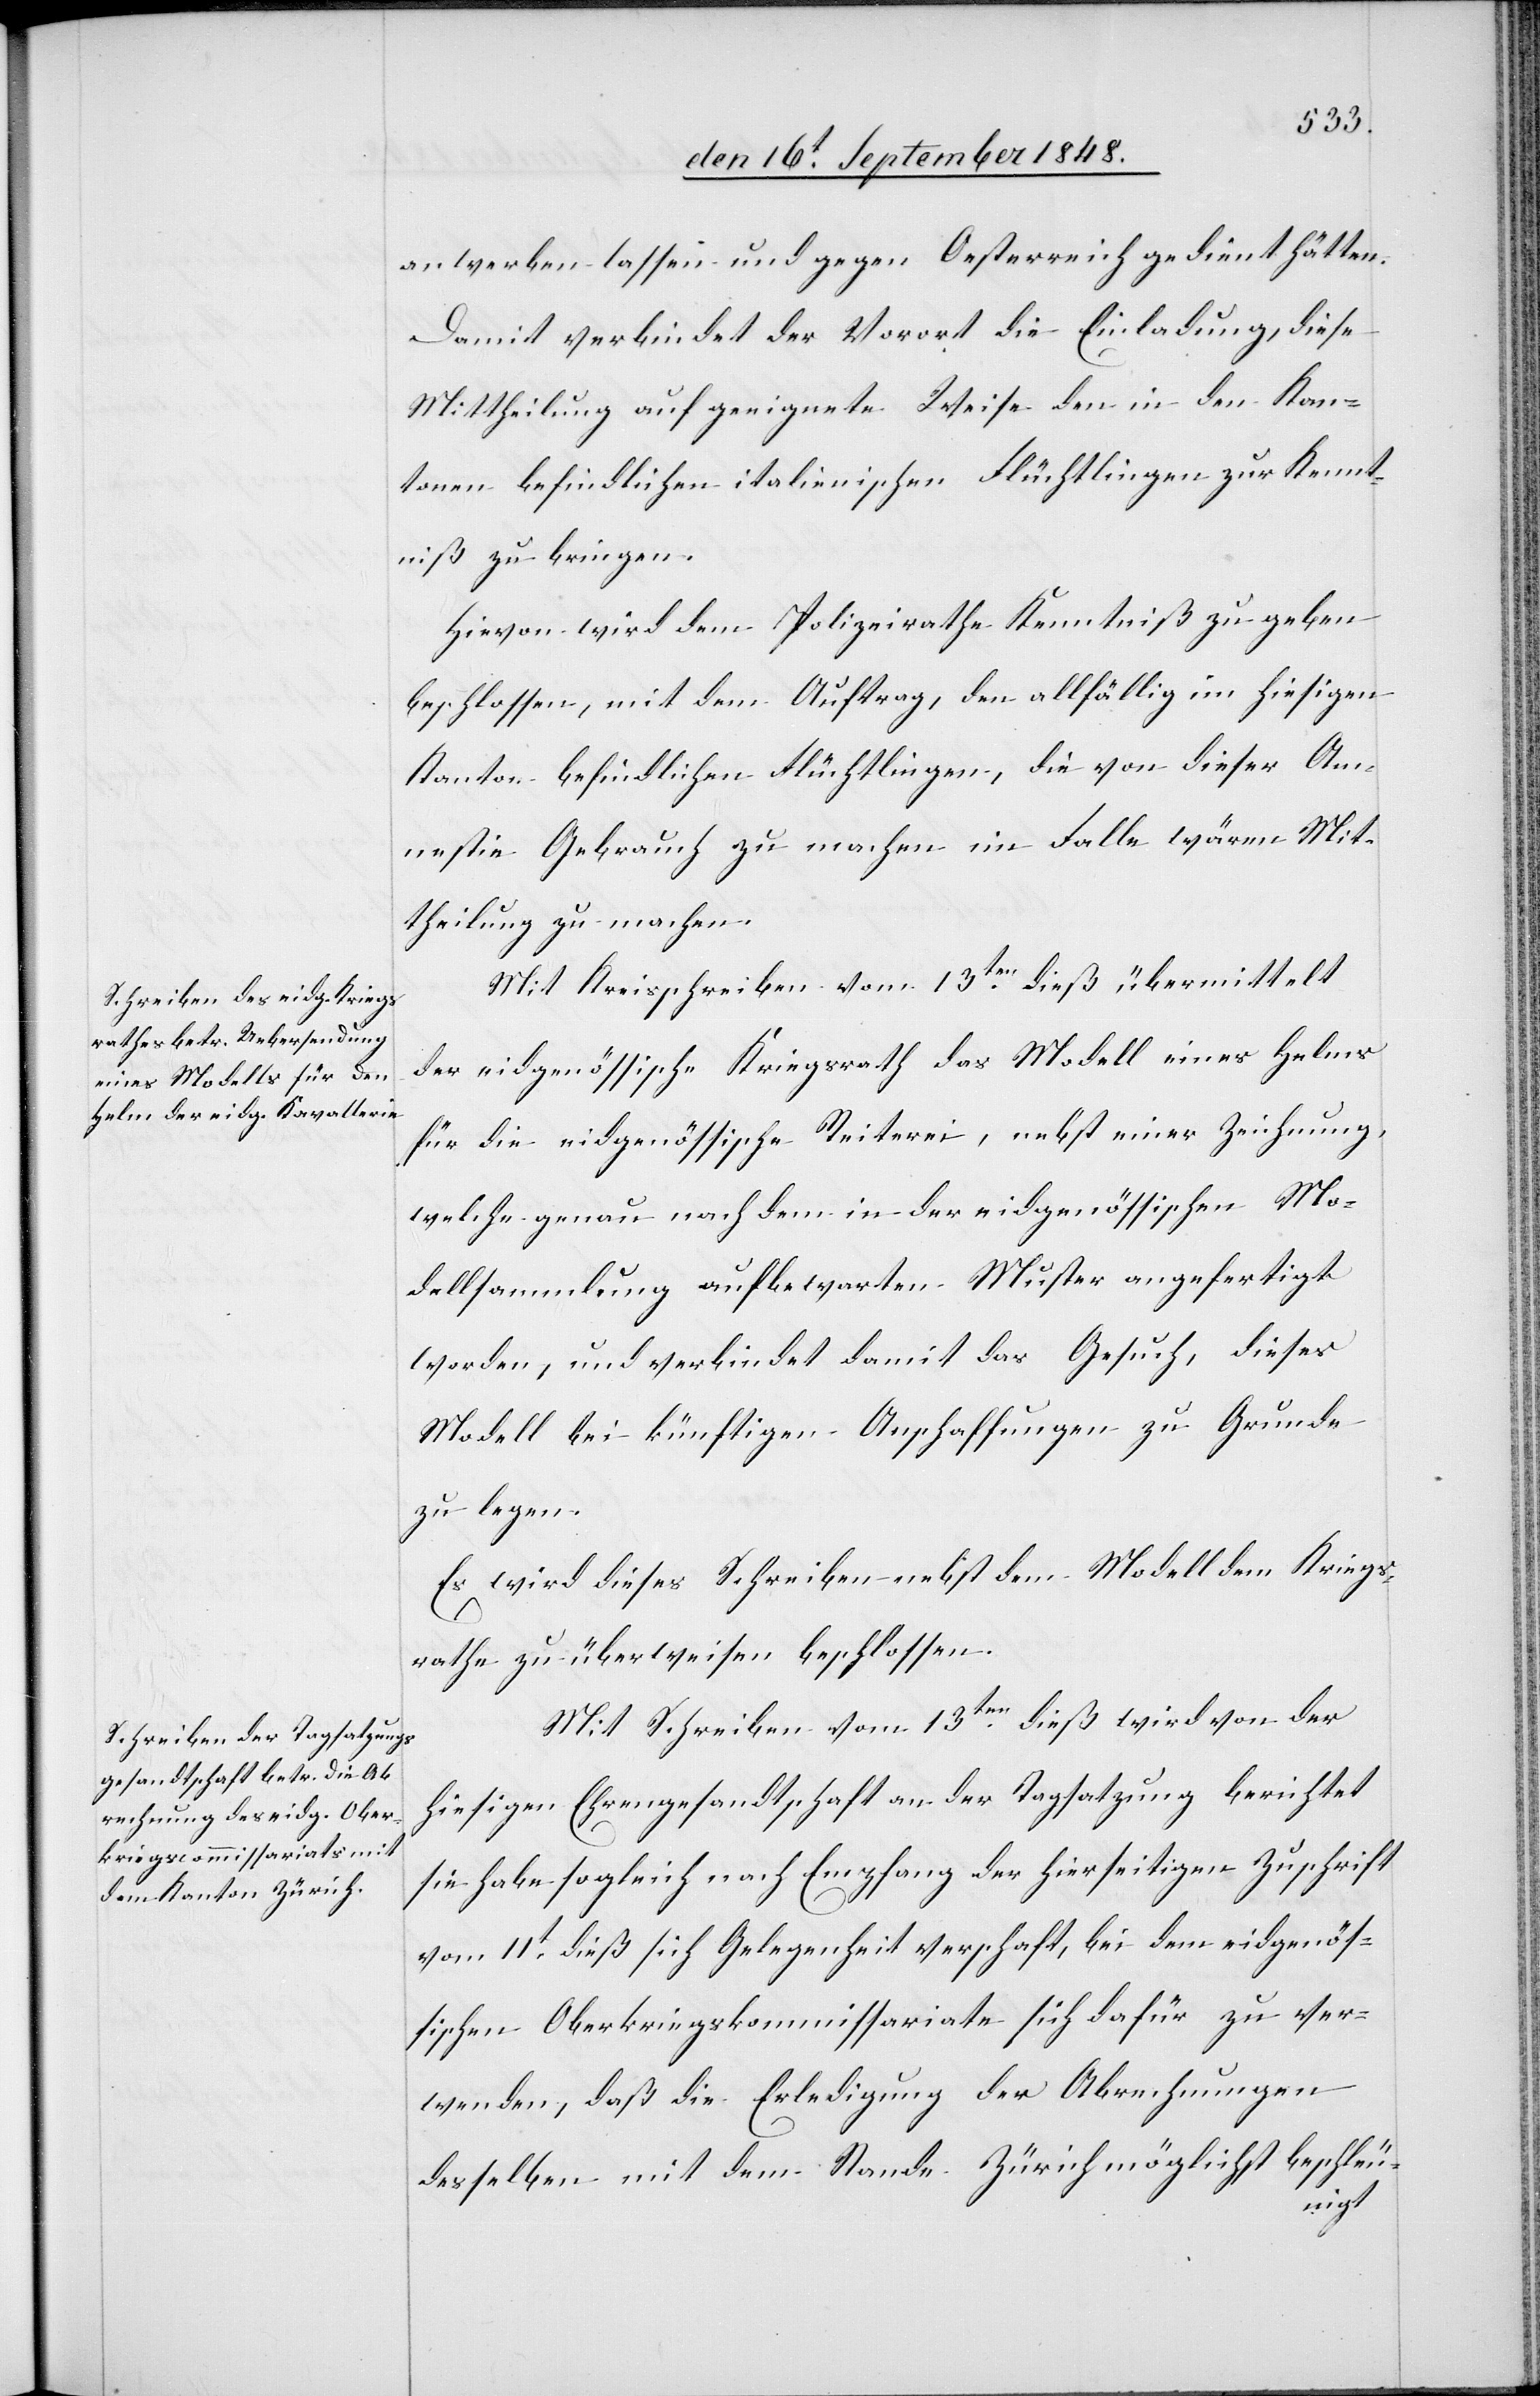
anwerben lassen und gegen Oesterreich gedient hätten.
Damit verbindet der Vorort die Einladung, diese
Mittheilung auf geeignete Weise den in den Kan¬
tonen befindlichen italienischen Flüchtlingen zur Kennt¬
niß zu kriegen.
Hievon wird dem Polizeirathe Kenntniß zu geben
beschlossen, mit dem Auftrag, den allfällig im hiesigen
Kanton befindlichen Flüchtlingen, die von dieser Am¬
nestie Gebrauch zu machen im Falle wären Mit¬
theilung zu machen.
Mit Kreisschreiben vom 13ten dieß übermittelt
der eidgenössische Kriegsrath das Modell eines Helms
für die eidgenössische Reiterei, nebst einer Zeichnung,
welche genau nach dem in der eidgenössischen Mo¬
dellsammlung aufbewarten Muster angefertigt
worden, und verbindet damit das Gesuch, dieses
Modell bei künftigen Anschaffungen zu Grunde
zu legen.
Es wird dieses Schreiben nebst dem Modell dem Kriegs¬
rathe zu überweisen beschlossen.
Mit Schreiben vom 13ten dieß wird von der
hiesigen Ehrengesandtschaft an der Tagsatzung berichtet
sie habe sogleich nach Empfang der hierseitigen Zuschrift
vom 11t dieß sich Gelegenheit verschaft, bei dem eidgenös¬
sischen Oberkriegskommissariate sich dafür zu ver¬
wenden, daß die Erledigung der Abrechnungen
desselben mit dem Stande Zürich möglichst beschleu-